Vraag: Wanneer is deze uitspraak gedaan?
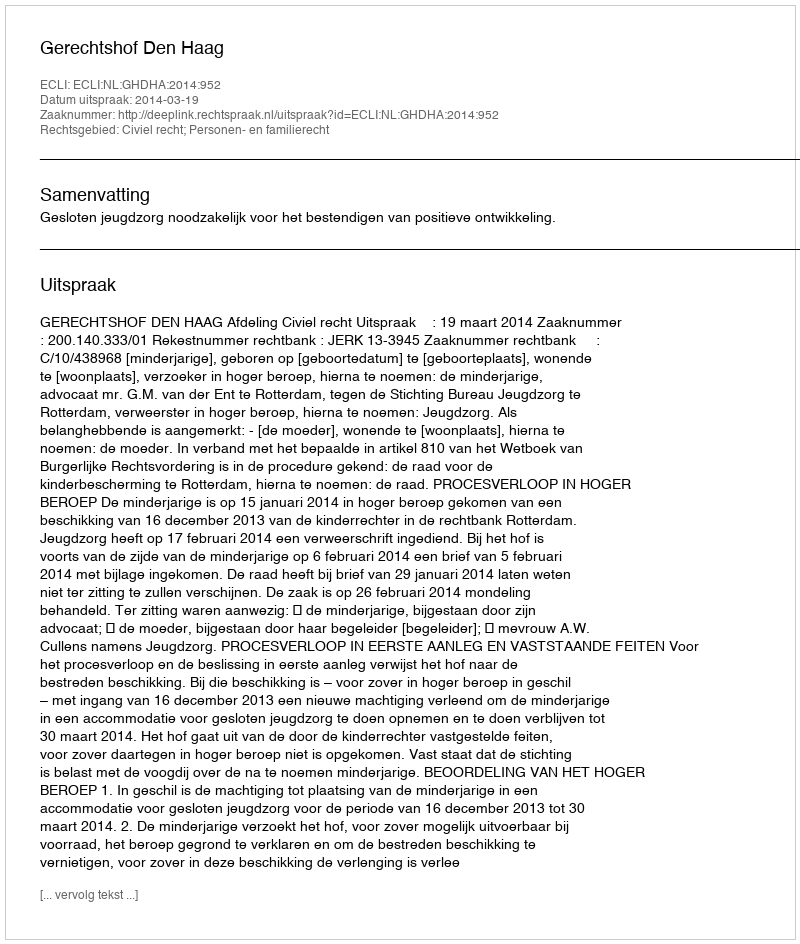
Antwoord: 2014-03-19